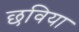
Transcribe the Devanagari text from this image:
छविया